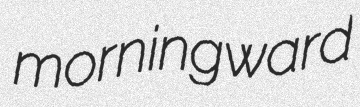
morningward